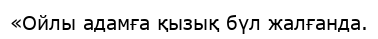
«Ойлы адамға қызық бүл жалғанда.